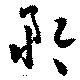
矜